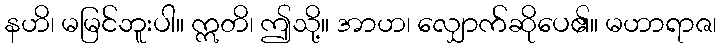
နဟိ၊ မမြင်ဘူးပါ။ ဣတိ၊ ဤသို့။ အာဟ၊ လျှောက်ဆိုပေ၏။ မဟာရာဇ၊